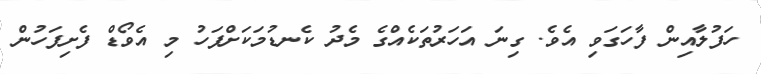
ހަފުލާއިން ފާހަގަވި އެވެ. ގިނަ އަހަރުތަކެއްގެ މެދު ކެނޑުމަކަށްފަހު މި އެވޯޑް ފެށިފަހުން